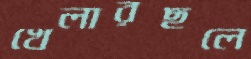
খেলারছলে